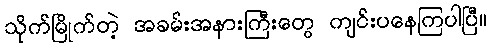
သိုက်မြိုက်တဲ့ အခမ်းအနားကြီးတွေ ကျင်းပနေကြပါပြီ။